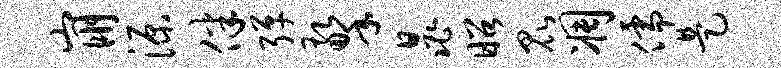
崩源伴弹擎晁昭昆凋儒是